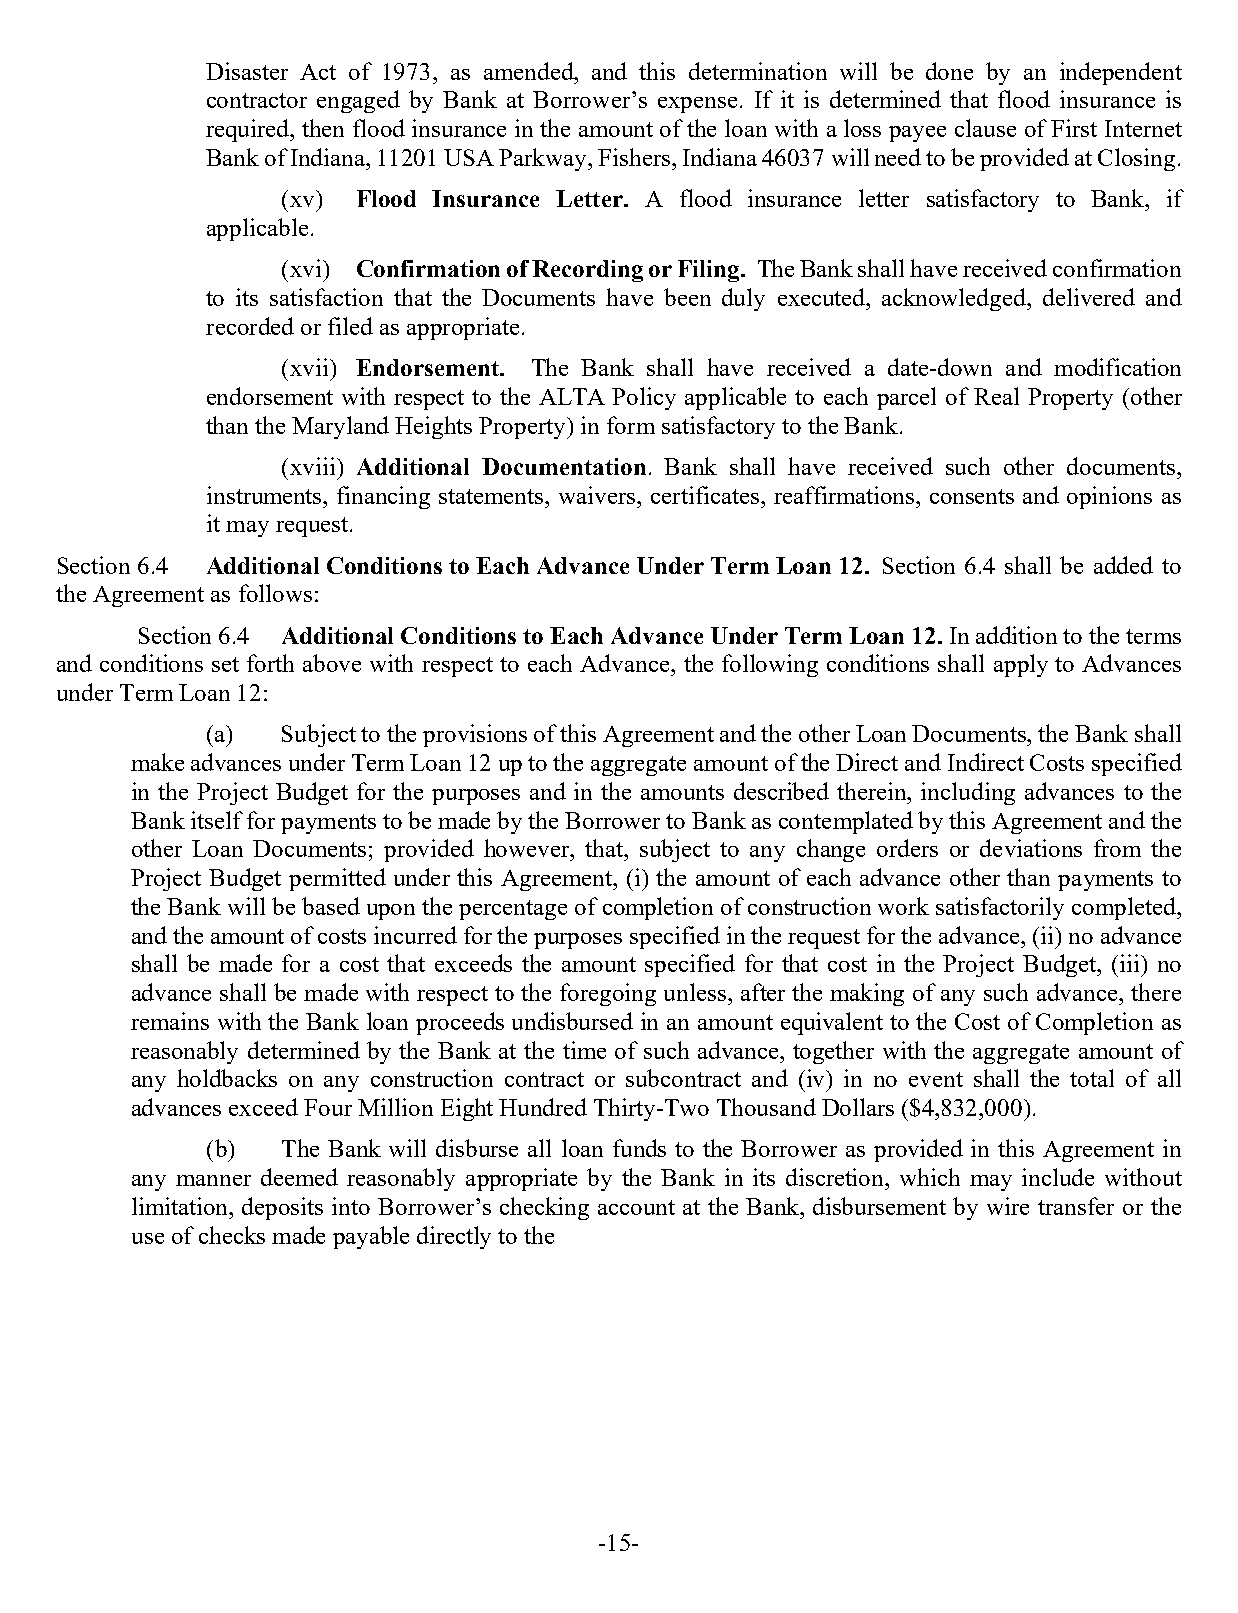
Disaster Act of 1973, as amended, and this determination will be done by an independent
 contractor engaged by Bank at Borrower’s expense. If it is determined that flood insurance is
 required, then flood insurance in the amount of the loan with a loss payee clause of First Internet
 Bank of Indiana, 11201 USA Parkway, Fishers, Indiana 46037 will need to be provided at Closing.
 (xv) Flood Insurance Letter. A flood insurance letter satisfactory to Bank, if
 applicable.
 (xvi) Confirmation of Recording or Filing. The Bank shall have received confirmation
 to its satisfaction that the Documents have been duly executed, acknowledged, delivered and
 recorded or filed as appropriate.
 (xvii) Endorsement. The Bank shall have received a date-down and modification
 endorsement with respect to the ALTA Policy applicable to each parcel of Real Property (other
 than the Maryland Heights Property) in form satisfactory to the Bank.
 (xviii) Additional Documentation. Bank shall have received such other documents,
 instruments, financing statements, waivers, certificates, reaffirmations, consents and opinions as
 it may request.
 Section 6.4 Additional Conditions to Each Advance Under Term Loan 12. Section 6.4 shall be added to
 the Agreement as follows:
 Section 6.4 Additional Conditions to Each Advance Under Term Loan 12. In addition to the terms
 and conditions set forth above with respect to each Advance, the following conditions shall apply to Advances
 under Term Loan 12:
 (a)  Subject to the provisions of this Agreement and the other Loan Documents, the Bank shall
 make advances under Term Loan 12 up to the aggregate amount of the Direct and Indirect Costs specified
 in the Project Budget for the purposes and in the amounts described therein, including advances to the
 Bank itself for payments to be made by the Borrower to Bank as contemplated by this Agreement and the
 other Loan Documents; provided however, that, subject to any change orders or deviations from the
 Project Budget permitted under this Agreement, (i) the amount of each advance other than payments to
 the Bank will be based upon the percentage of completion of construction work satisfactorily completed,
 and the amount of costs incurred for the purposes specified in the request for the advance, (ii) no advance
 shall be made for a cost that exceeds the amount specified for that cost in the Project Budget, (iii) no
 advance shall be made with respect to the foregoing unless, after the making of any such advance, there
 remains with the Bank loan proceeds undisbursed in an amount equivalent to the Cost of Completion as
 reasonably determined by the Bank at the time of such advance, together with the aggregate amount of
 any holdbacks on any construction contract or subcontract and (iv) in no event shall the total of all
 advances exceed Four Million Eight Hundred Thirty-Two Thousand Dollars ($4,832,000).
 (b)  The Bank will disburse all loan funds to the Borrower as provided in this Agreement in
 any manner deemed reasonably appropriate by the Bank in its discretion, which may include without
 limitation, deposits into Borrower’s checking account at the Bank, disbursement by wire transfer or the
 use of checks made payable directly to the
 -15-